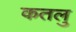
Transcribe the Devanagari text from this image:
कतलु